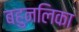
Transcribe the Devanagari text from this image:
बहुनलिका